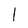
Character: l